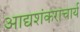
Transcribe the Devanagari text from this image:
आद्यशंकराचार्य